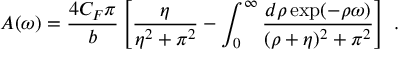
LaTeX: A ( \omega ) = \frac { 4 C _ { F } \pi } { b } \left[ \frac { \eta } { \eta ^ { 2 } + \pi ^ { 2 } } - \int _ { 0 } ^ { \infty } \frac { d \rho \exp ( - \rho \omega ) } { ( \rho + \eta ) ^ { 2 } + \pi ^ { 2 } } \right] ~ .